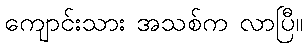
ကျောင်းသား အသစ်က လာပြီ။